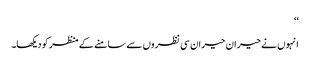
‘‘
انہوں نے حیران حیران سی نظروں سے سامنے کے منظر کو دیکھا۔